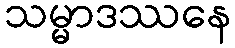
သမ္မာဒဿနေ